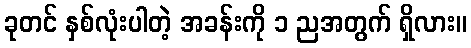
ခုတင် နှစ်လုံးပါတဲ့ အခန်းကို ၁ ညအတွက် ရှိလား။